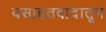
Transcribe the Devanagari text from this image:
वसाहतवादातून